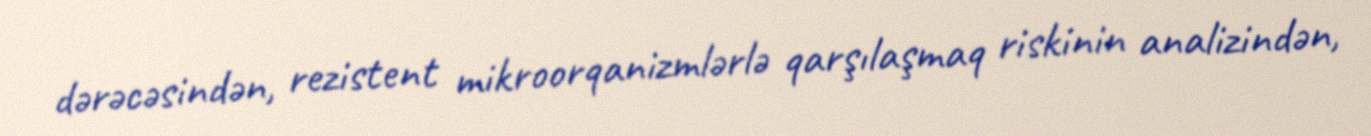
dərəcəsindən, rezistent mikroorqanizmlərlə qarşılaşmaq riskinin analizindən,